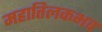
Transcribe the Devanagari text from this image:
महातिलकभव